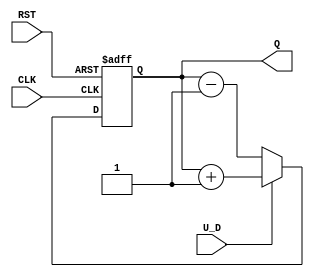
module UpDownCounter (
    input wire U_D,        // Up/Down control signal
    input wire RST,        // Asynchronous reset
    input wire CLK,        // Clock signal
    output reg [7:0] Q     // 8-bit counter output
);

// Asynchronous reset and counting logic
always @(posedge CLK or posedge RST) begin
    if (RST) begin
        Q <= 8'b00000000; // Reset counter to 0
    end else begin
        if (U_D) begin
            Q <= Q + 1;   // Count up
        end else begin
            Q <= Q - 1;   // Count down
        end
    end
end

endmodule